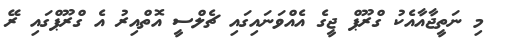
މި ނަތީޖާއާއެކު ގްރޫޕް ޖީގެ އެއްވަނައިގައި ޗެލްސީ އޮތްއިރު އެ ގްރޫޕްގައި ރޭ